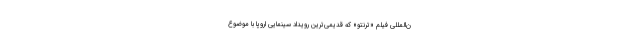
ن‌المللی فیلم «ترنتو» که قدیمی‌ترین رویداد سینمایی اروپا با موضوع